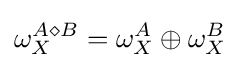
\omega _{X}^{A\diamond B}=\omega _{X}^{A}\oplus \omega _{X}^{B}\,\!